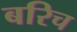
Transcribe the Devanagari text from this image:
बरिच